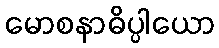
မောစနာဓိပ္ပါယော